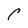
Character: P